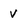
Character: v